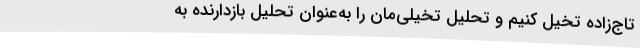
تاج‌زاده تخیل کنیم و تحلیل تخیلی‌مان را به‌عنوان تحلیل بازدارنده به